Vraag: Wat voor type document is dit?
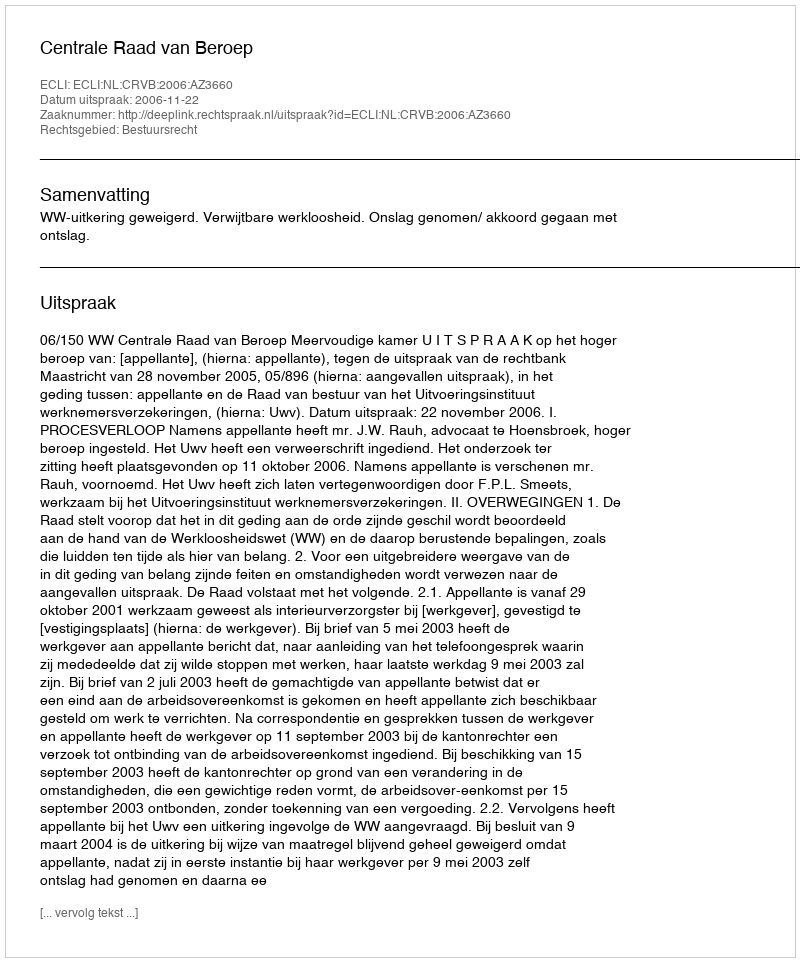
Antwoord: Uitspraak